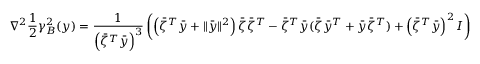
\nabla ^ { 2 } \frac { 1 } { 2 } \gamma _ { B } ^ { 2 } ( y ) = \frac { 1 } { \left( \bar { \zeta } ^ { T } \bar { y } \right) ^ { 3 } } \left( \left( \bar { \zeta } ^ { T } \bar { y } + \| \bar { y } \| ^ { 2 } \right) \bar { \zeta } \bar { \zeta } ^ { T } - \bar { \zeta } ^ { T } \bar { y } ( \bar { \zeta } \bar { y } ^ { T } + \bar { y } \bar { \zeta } ^ { T } ) + \left( \bar { \zeta } ^ { T } \bar { y } \right) ^ { 2 } I \right)